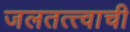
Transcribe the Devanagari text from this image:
जलतत्त्वाची